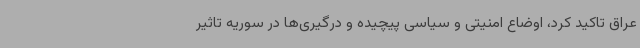
عراق تاکید کرد، اوضاع امنیتی و سیاسی پیچیده و درگیری‌ها در سوریه تاثیر